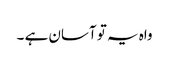
واہ یہ تو آسان ہے ۔